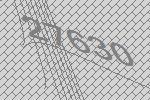
27630